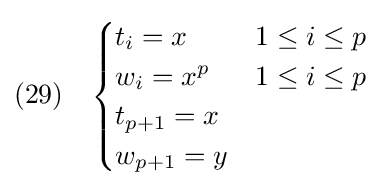
(29)\quad {\begin{cases}t_{i}=x&1\leq i\leq p\\w_{i}=x^{p}&1\leq i\leq p\\t_{p+1}=x\\w_{p+1}=y\end{cases}}